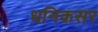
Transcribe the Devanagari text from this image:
धनिकसर